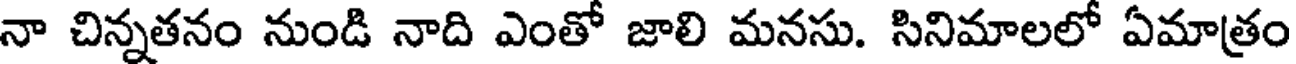
నా చిన్నతనం నుండి నాది ఎంతో జాలి మనసు. సినిమాలలో ఏమాత్రం